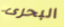
البحرى